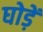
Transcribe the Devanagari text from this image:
घोड़ें